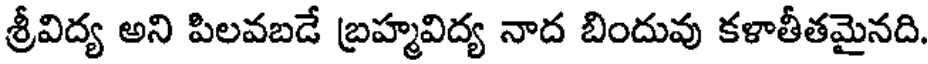
శ్రీవిద్య అని పిలవబడే బ్రహ్మవిద్య నాద బిందువు కళాతీతమైనది.